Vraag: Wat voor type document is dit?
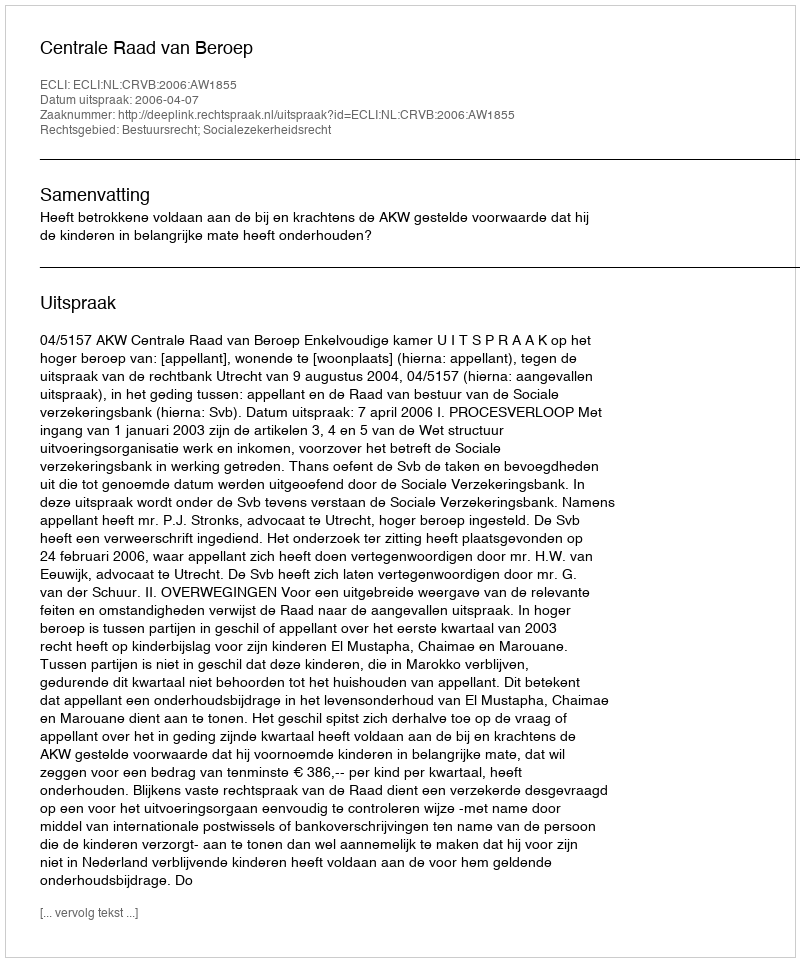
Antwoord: Uitspraak